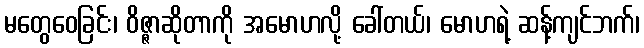
မတွေဝေခြင်း၊ ဝိဇ္ဇာဆိုတာကို အမောဟလို့ ခေါ်တယ်၊ မောဟရဲ့ ဆန့်ကျင်ဘက်၊